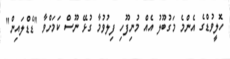
ހޮލީވުޑްގެ އެންމެ މަގުބޫލު އެއް މުނިފޫހި ފިލުވުމާ ގުޅޭ ނޫސް ކަމަށްވާ "ޑެޑްލައިން"